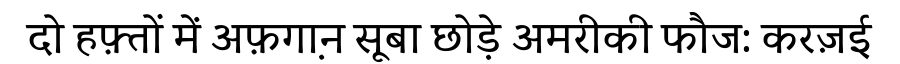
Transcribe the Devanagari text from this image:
दो हफ़्तों में अफ़गा़न सूबा छोड़े अमरीकी फौज: करज़ई